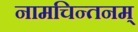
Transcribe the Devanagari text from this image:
नामचिन्तनम्